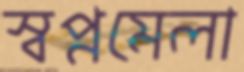
স্বপ্নমেলা